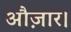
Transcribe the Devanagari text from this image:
औज़ार।